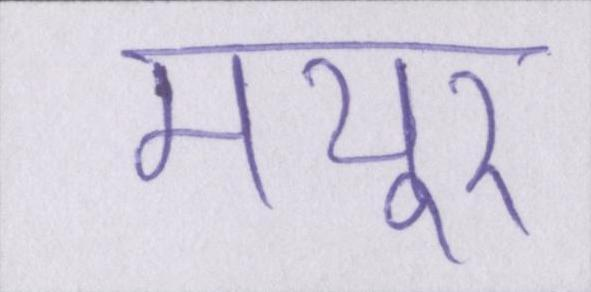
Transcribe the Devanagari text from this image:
मयूर